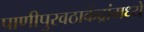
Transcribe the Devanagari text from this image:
पाणीपुरवठाकेंद्रांमध्ये